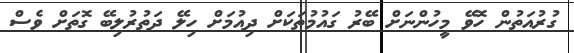
ގުރުއަތުން ހޮވޭ މީހުންނަށް ބޭރު ގައުމުތަކަށް ދިއުމަށް ހިލޭ ދަތުރުލިބޭ ގޮތަށް ވެސް